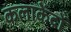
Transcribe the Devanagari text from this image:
कलाकेंद्रों